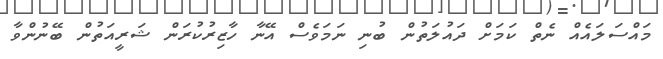
މައްސަލައެއް ނެތް ކަމަށް ދައުލަތުން ބުނި ނަމަވެސް އޭނާ ހާޒިރުކުރަން ޝަރީއަތުން ބޭނުންވާ